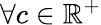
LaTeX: \forall c\in\mathbb{R}^{+}